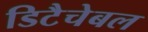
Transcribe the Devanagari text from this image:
डिटैचेबल